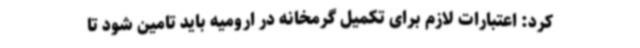
کرد: اعتبارات لازم برای تکمیل گرمخانه در ارومیه باید تامین شود تا